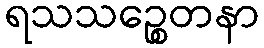
ရသသဉ္စေတနာ